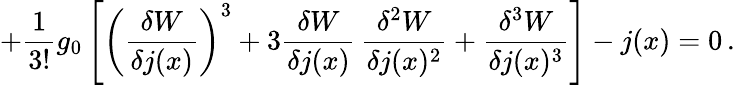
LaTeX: +\frac{1}{3!}g_{0}\left[\left(\frac{\delta W}{\delta j(x)}\right)^{3}+3\frac{\delta W}{\delta j(x)}\, \frac{\delta^{2}W}{\delta j(x)^{2}}+\frac{\delta^{3}W}{\delta j(x)^{3}}\right]-j(x)=0\, .